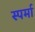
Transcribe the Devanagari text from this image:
स्पर्मा